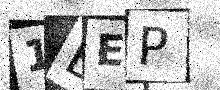
Text: 1BEP